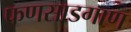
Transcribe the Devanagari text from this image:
फणसाडगाण